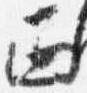
西